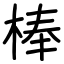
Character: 棒